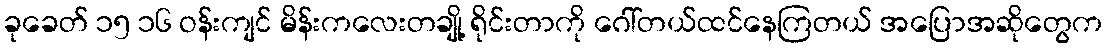
ခုခေတ် ၁၅ ၁၆ ဝန်းကျင် မိန်းကလေးတချို့ ရိုင်းတာကို ဂေါ်တယ်ထင်နေကြတယ် အပြောအဆိုတွေက